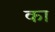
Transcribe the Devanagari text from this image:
का